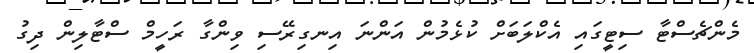
މެންޗެސްޓާ ސިޓީގައި އެކްލަބަށް ކުޅެމުން އަންނަ އިނގިރޭސި ވިންގާ ރަހީމް ސްޓާލިން ދިގު